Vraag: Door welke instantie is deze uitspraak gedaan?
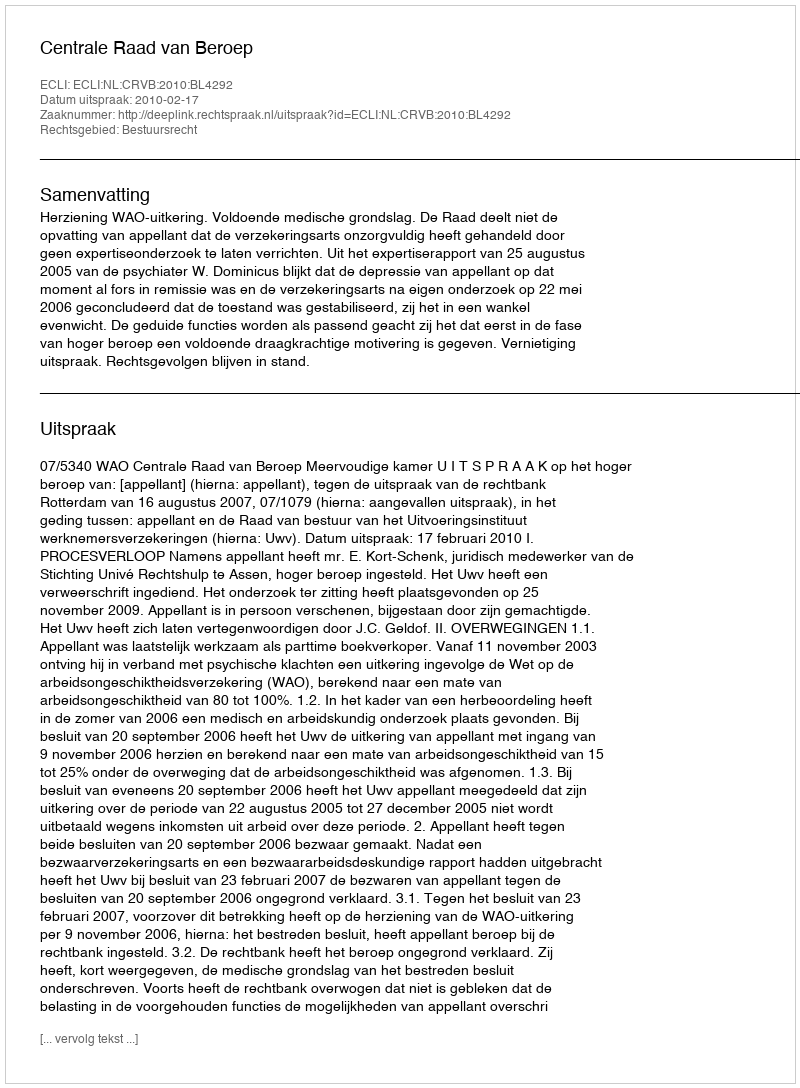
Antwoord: Centrale Raad van Beroep